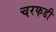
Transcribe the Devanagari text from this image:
चरफडी